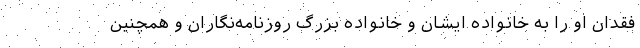
فقدان او را به خانواده ایشان و خانواده بزرگ روزنامه‌نگاران و همچنین